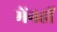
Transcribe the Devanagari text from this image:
मेंनहीं